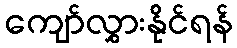
ကျော်လွှားနိုင်ရန်